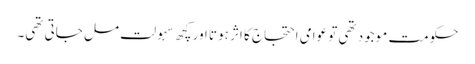
حکومت موجود تھی تو عوامی احتجاج کا اثر ہوتا اور کچھ سہولت مل جاتی تھی۔